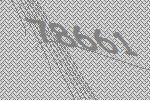
78661